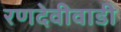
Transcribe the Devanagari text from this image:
रणदेवीवाडी